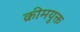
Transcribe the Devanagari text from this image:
क्रीमयुक्त